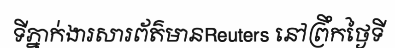
ទីភ្នាក់ងារសារព័ត៌មានReuters នៅព្រឹកថ្ងៃទី